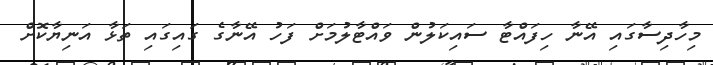
މިހާދިސާގައި އޭނާ ހިފައްޓާ ސައިކަލުން ވައްޓާލުމަށް ފަހު އޭނާގެ ގައިގައި ތަޅާ އަނިޔާކޮށް